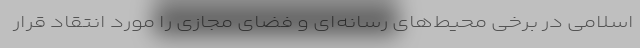
اسلامی در برخی محیط‌های رسانه‌ای و فضای مجازی را مورد انتقاد قرار